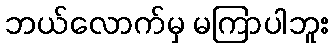
ဘယ်လောက်မှ မကြာပါဘူး